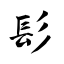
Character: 髟